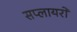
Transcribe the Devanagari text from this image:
सप्लायरों